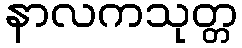
နာလကသုတ္တ